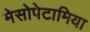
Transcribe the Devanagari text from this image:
मेसोपेटामिया